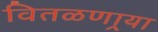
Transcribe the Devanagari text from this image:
वितळणार्‍या